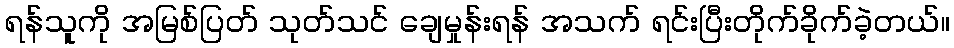
ရန်သူကို အမြစ်ပြတ် သုတ်သင် ချေမှုန်းရန် အသက် ရင်းပြီးတိုက်ခိုက်ခဲ့တယ်။